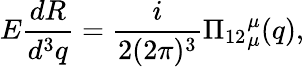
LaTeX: E\frac{dR}{d^{3}q}=\frac{i}{2(2\pi)^{3}}{\Pi_{12}}_{\mu}^{\mu}(q),